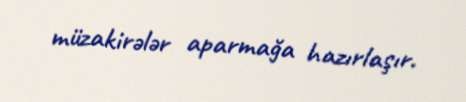
müzakirələr aparmağa hazırlaşır.